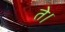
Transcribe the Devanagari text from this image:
ते।